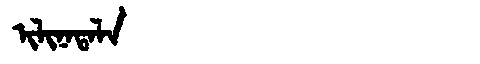
Manchu: ᡳᠯᡳᠨᠠᡨᠠᠯᠠ
Romanization: ILINATALA